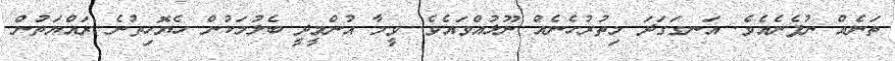
ތަނެއް ނުފެނެއެވެ. އަނގަގަދަ މިތުރުހެނެއް ނޫޅުއްވައެވެ. ވީމާ އުންމީދީ ބެލުމަކުން ހެޔޮހިތުނެ ރައްޔަތުން